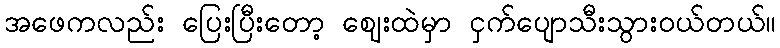
အဖေကလည်း ပြေးပြီးတော့ ဈေးထဲမှာ ငှက်ပျောသီးသွားဝယ်တယ်။